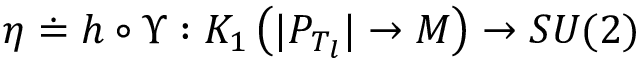
\eta \doteq h \circ \Upsilon : K _ { 1 } \left( | P _ { T _ { l } } | \rightarrow { M } \right) \rightarrow S U ( 2 )